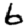
Digit: 6